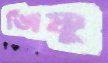
জিষ্ণু